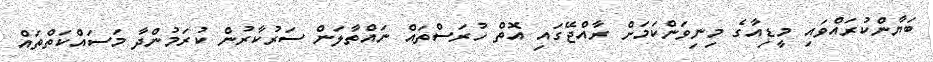
ބަޔާންކުރައްވައި މީޑިއާގެ މިނިވަންކަމަށް ރާއްޖޭގައި އޮތް ހުރަސްތައް ނައްތާލަން ސަރުކާރުން ކުރަމުންދާ މަސައްކަތްތައް